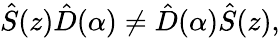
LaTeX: {\hat{S}}(z){\hat{D}}(\alpha)\neq{\hat{D}}(\alpha){\hat{S}}(z),